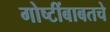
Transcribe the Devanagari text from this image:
गोष्टींबाबतचे